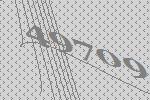
49709